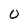
Character: o